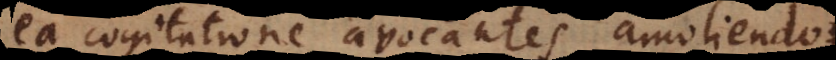
ea cogitatione avocantes amoliendo.